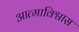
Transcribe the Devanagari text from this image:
आत्माविश्वास